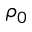
\rho _ { 0 }